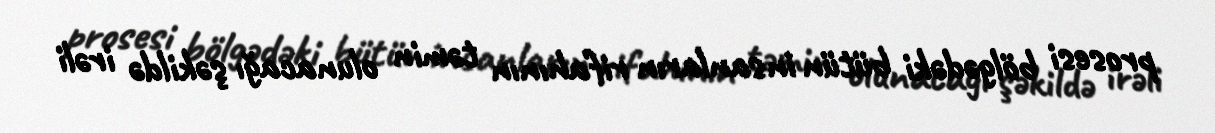
prosesi bölgədəki bütün insanların rifahının təmin olunacağı şəkildə irəli